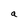
Character: a